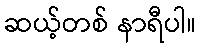
ဆယ့်တစ် နာရီပါ။